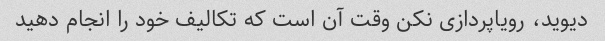
دیوید، رویاپردازی نکن وقت آن است که تکالیف خود را انجام دهید